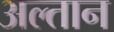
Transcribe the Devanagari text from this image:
अल्तान